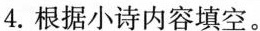
4.根据小诗内容填空。